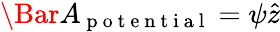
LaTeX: \Bar{A}_{\mathrm{~p~o~t~e~n~t~i~a~l~}}=\psi\hat{z}